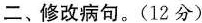
二、修改病句。(12分)